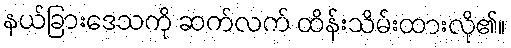
နယ်ခြားဒေသကို ဆက်လက် ထိန်းသိမ်းထားလို၏။